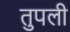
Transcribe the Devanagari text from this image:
तुपली